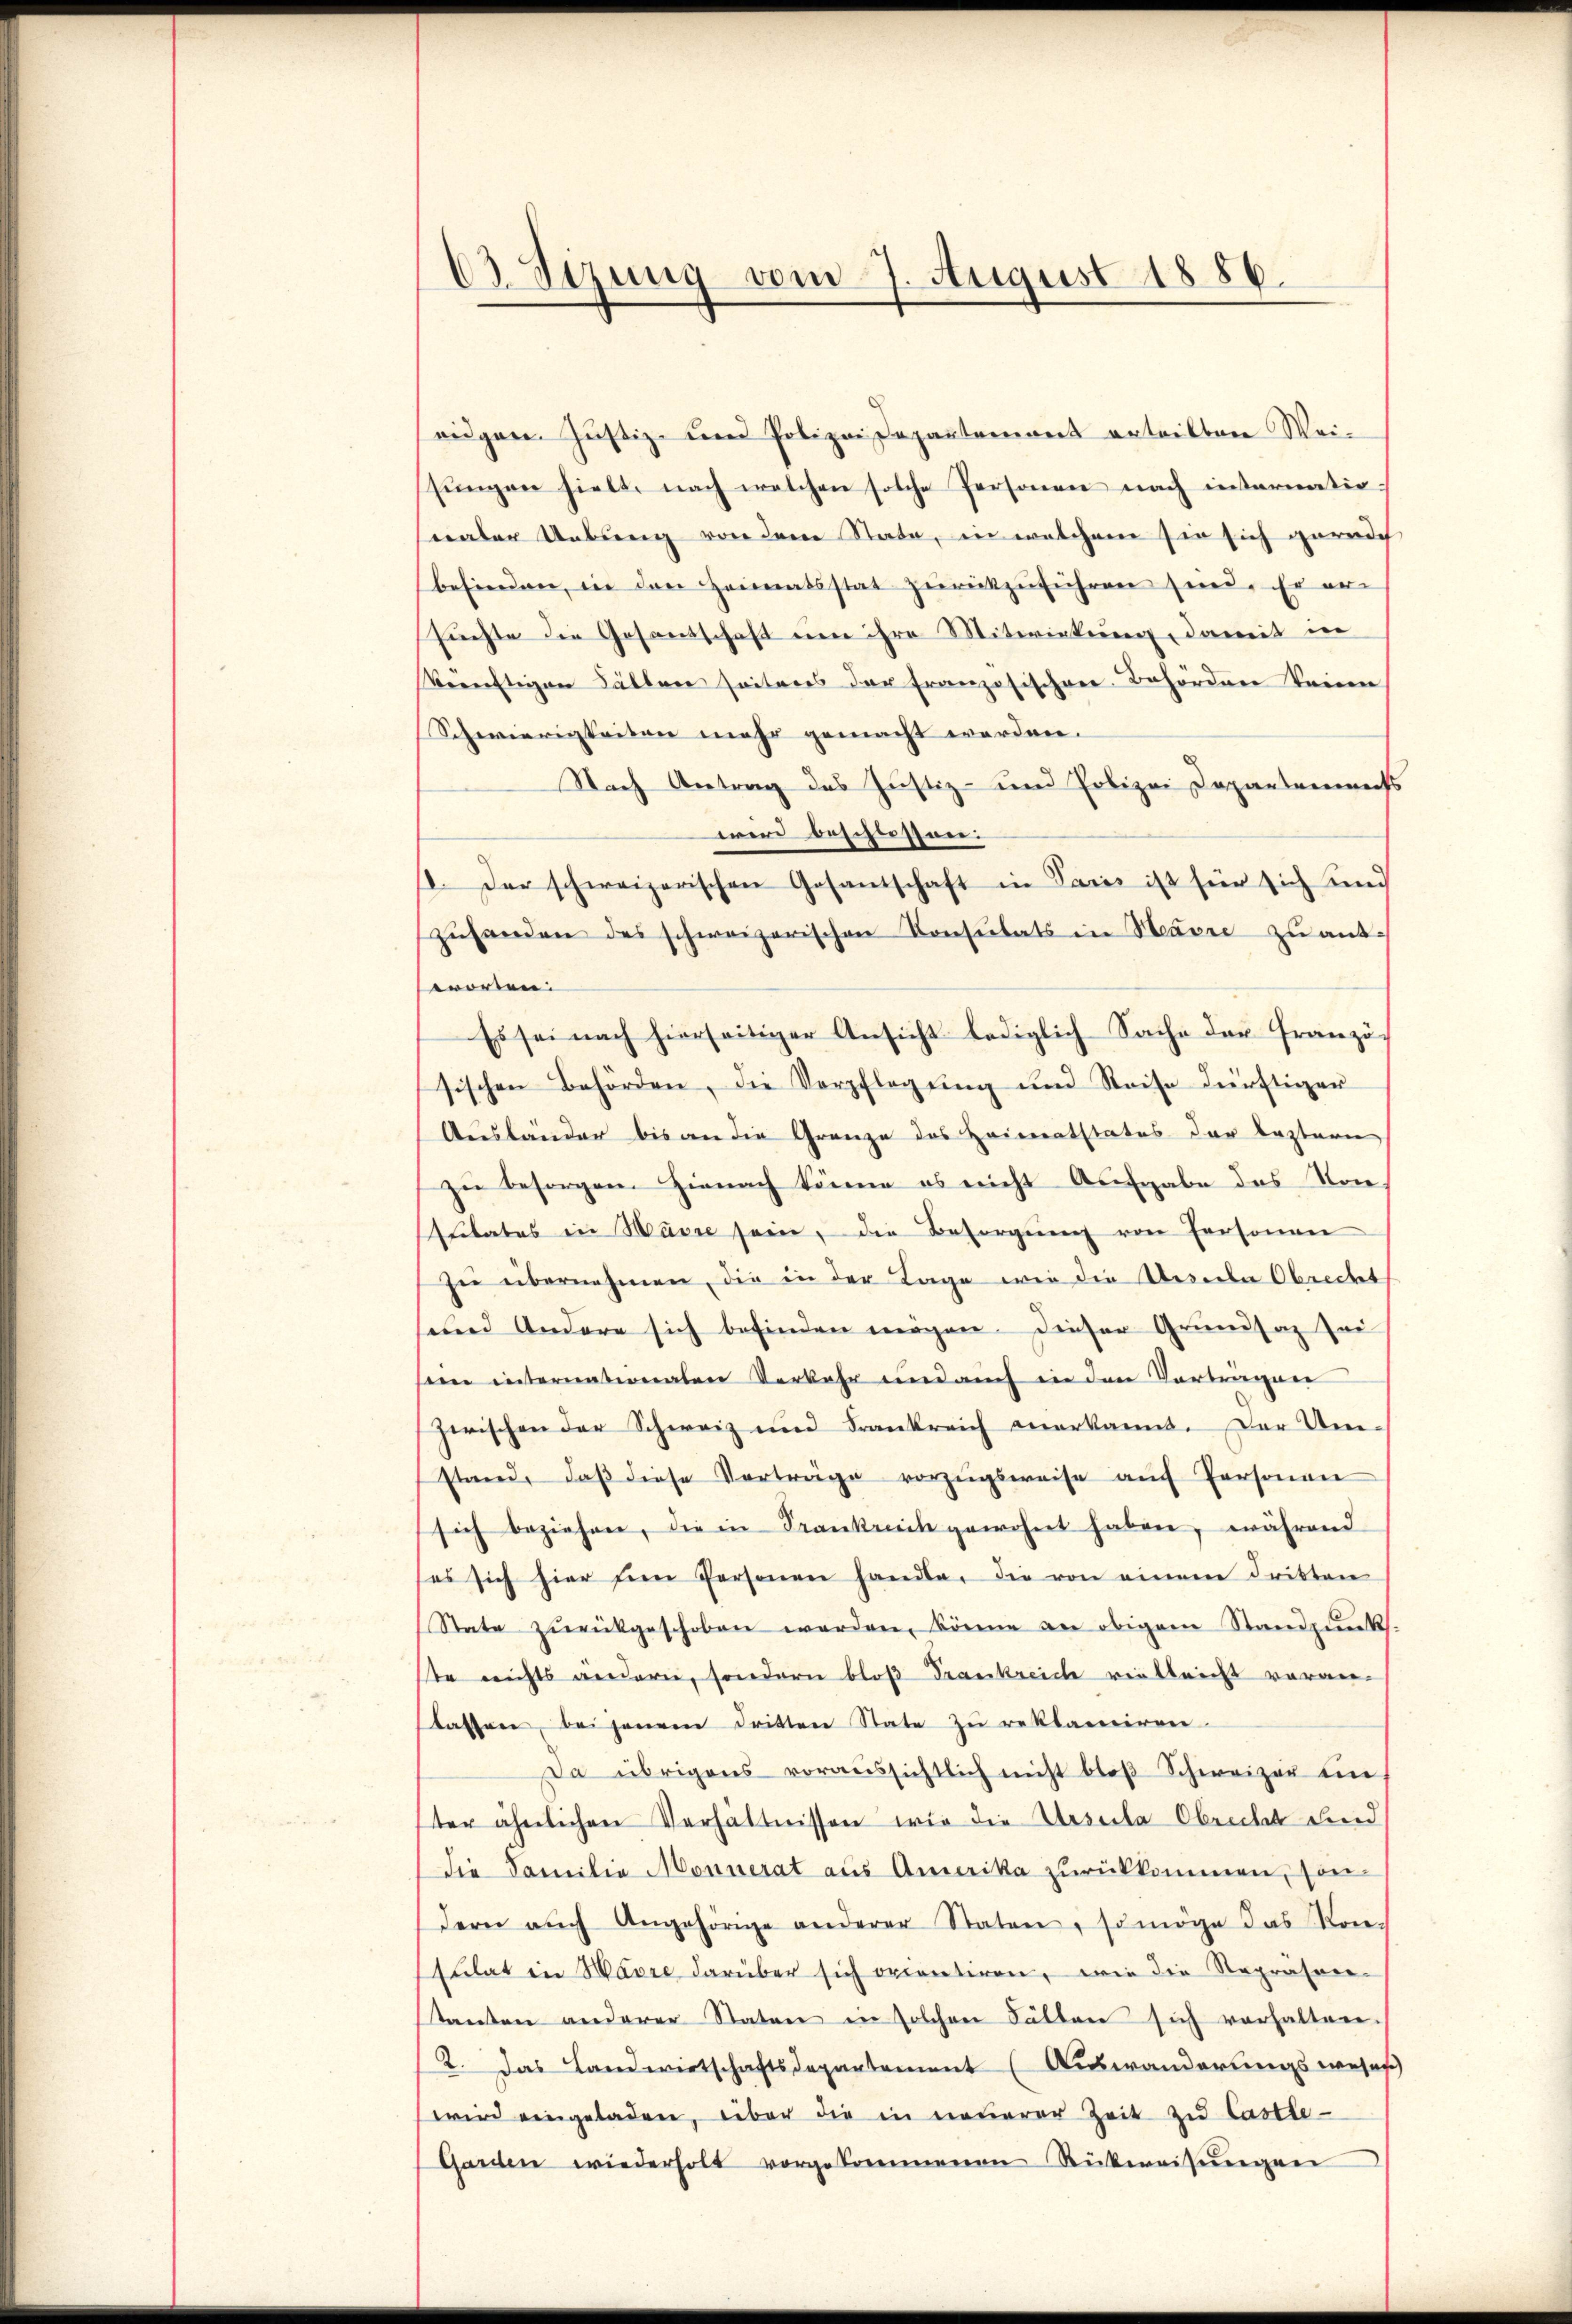
63 Sizung vom 7. August 1886.

eidgen. Justiz- und Polizei Departement erteilten Weijungen hielt, nach welchen solche Personen nach internationaler Uebung von dem State, in welchem sie sich gerade
befinden, in den Heimatsstat zŭrückzuführen sein. Er er-
suchte die Gesantschaft um ihre Mitwirkung, damit in
künftigen Fällen seitens der Französischen Behörden keine
Schwierigkeiten mehr gemacht worden.
Nach Antrag des Justiz- und Polizei Departements
wird beschlossen:
18. Der schweizerischen Gosantschaft in Paris ist für sich und
zŭhanden des schweizerischen Konsulats in Havre zu antsworten:
Es sei nach hierseitiger Ansicht lediglich Sache der Französ
sischen Behörden, die Verpflegŭng und Reise dürftiger
Ausländer bis an die Gränze des Heimatstatus der leztern
zu besorgen. Hienach könne es nicht Aufgabe des Monsitates in Havre sein, die Besorgŭng von Personen
zŭ übernehmen, die in der Tage wie die Ursula Obrecht
sund Andere sich befinden mögen. Dieser Grundsaz sei
een internationalen Verkehr und auch in den Vortragen
zwischen der Schweiz und Frankreich anerkannt. Der Umstand, daβ diese Vorträge vorzugsweise auf Personen
sich beziehen, die in Frankreich gewohnet haben, während
ses sich hier ein Personen handle, die von einem dritten
State zŭrückgeschoben werden, könne an obigem Standpunk
te nichts ändern, sondern bloß Frankreich vielleicht voran-
lassen bei jenem dritten State zu reklamiren.
Da übrigens voraŭssichtlich nicht bloβ Schweizer en
ter ähnlichen Verhältnissen wir die Ursula Obrechet und
die Familie Monnerat aus Amerika zurückkommen, sondern aŭch Angehörige anderer Statore, so möge das Kon-
Eulat in Havre darüber sich orientiren, wie die Repräsen-
standen anderer Staten in solchen Fällen sich verhalten,
2. Das Landwirtschaftsdepartement (Auswanderungswese
wird eingeladen, über die in neuerer Zeit zu Castle-
Garden wiederholt vorgekommenen Rückweisŭngen